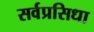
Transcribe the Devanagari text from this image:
सर्वप्रसिधा